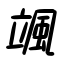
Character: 颯